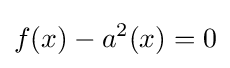
f(x)-a^{2}(x)=0